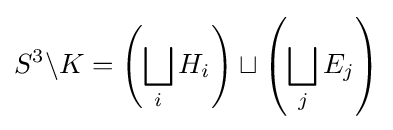
S^{3}\backslash K=\left(\bigsqcup _{i}H_{i}\right)\sqcup \left(\bigsqcup _{j}E_{j}\right)